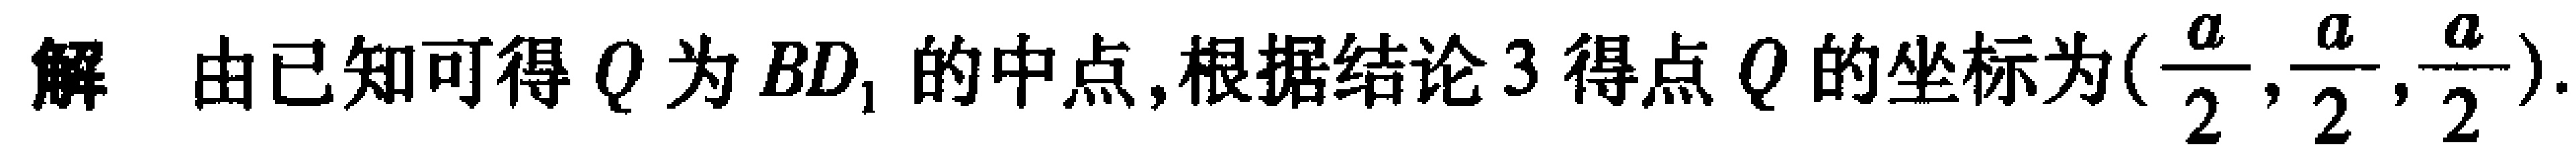
解 由已知可得 \(Q\) 为 \(BD_{1}\) 的中点,根据结论 \(3\) 得点 \(Q\) 的坐标为\((\frac{a}{2},\frac{a}{2},\frac{a}{2})\).